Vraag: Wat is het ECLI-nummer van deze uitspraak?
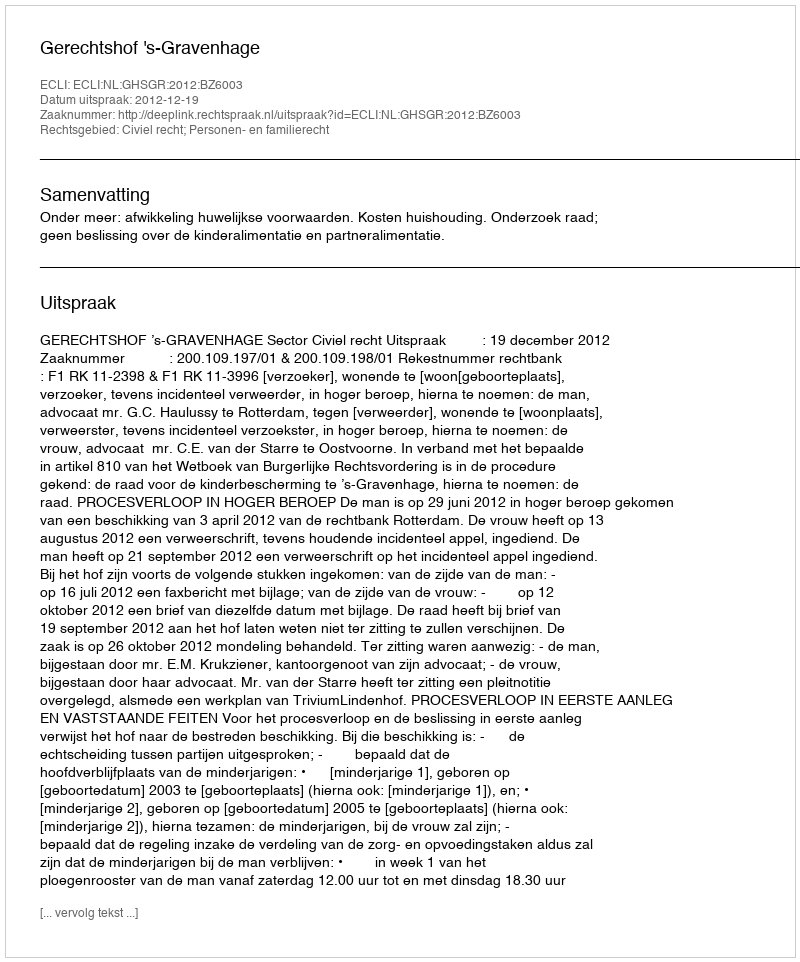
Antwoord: ECLI:NL:GHSGR:2012:BZ6003